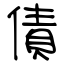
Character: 債